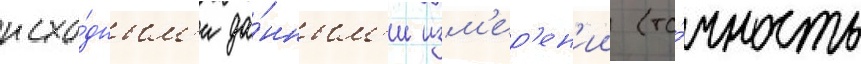
исхо́дным'и да́нным'и изм'ер'ен'ии (то́чность